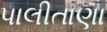
પાલીતાણા